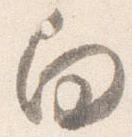
向